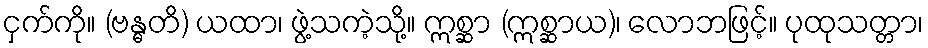
ငှက်ကို။ (ဗန္ဓတိ) ယထာ၊ ဖွဲ့သကဲ့သို့။ ဣစ္ဆာ (ဣစ္ဆာယ)၊ လောဘဖြင့်။ ပုထုသတ္တာ၊